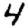
Digit: 4